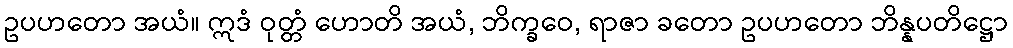
ဥပဟတော အယံ။ ဣဒံ ဝုတ္တံ ဟောတိ အယံ, ဘိက္ခဝေ, ရာဇာ ခတော ဥပဟတော ဘိန္နပတိဋ္ဌော